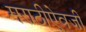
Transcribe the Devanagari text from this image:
मराठीऐवजी